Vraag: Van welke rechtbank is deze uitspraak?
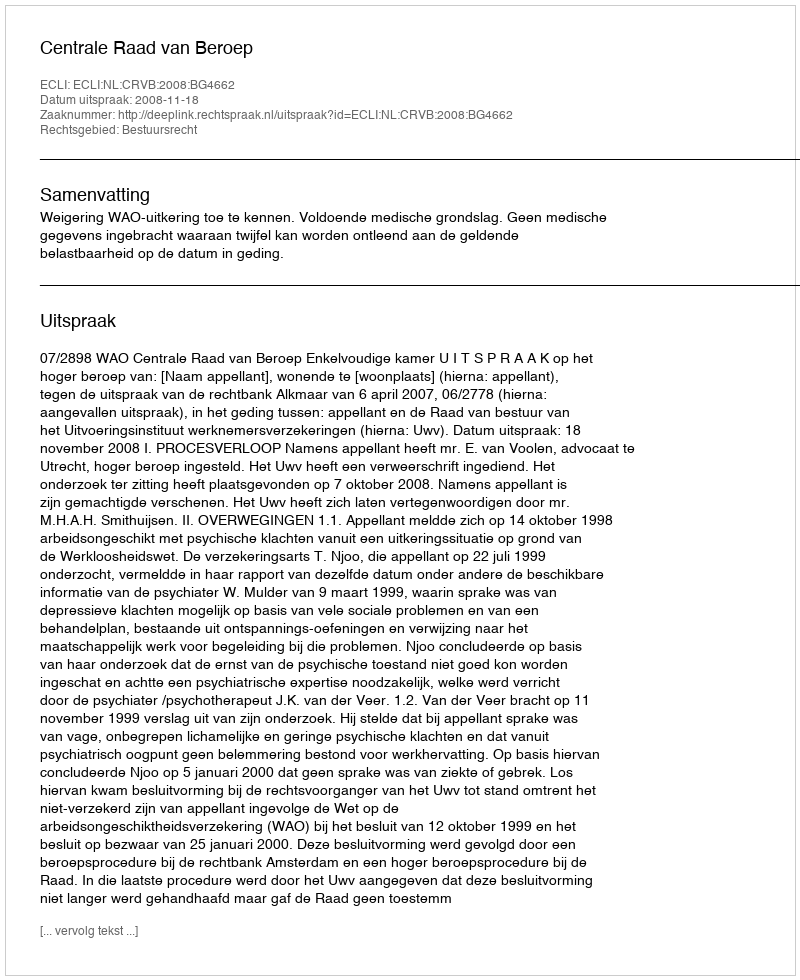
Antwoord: Centrale Raad van Beroep